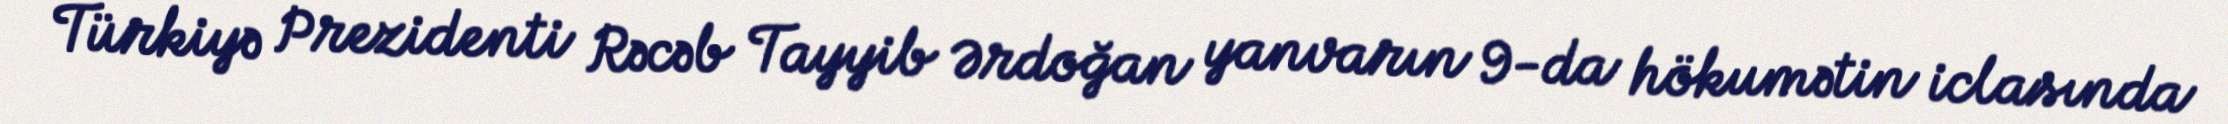
Türkiyə Prezidenti Rəcəb Tayyib Ərdoğan yanvarın 9-da hökumətin iclasında